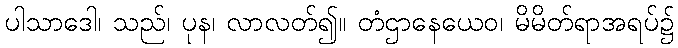
ပါသာဒေါ၊ သည်၊ ပုန၊ လာလတ်၍။ တံဌာနေယေဝ၊ မိမိတ်ရာအရပ်၌